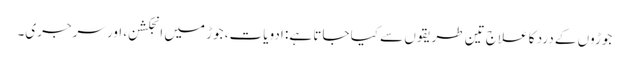
جوڑوں کے درد کا علاج تین طریقوں سے کیا جاتا ہے: ادویات، جوڑ میں انجکشن، اور سرجری۔